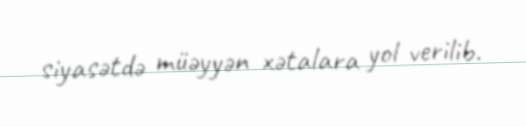
siyasətdə müəyyən xətalara yol verilib.